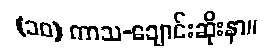
(၁၀) ကာသ-ချောင်းဆိုးနာ။